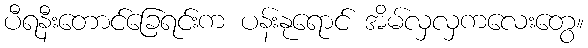
ပီရနီးတောင်ခြေရင်းက ပန်းနုရောင် အိမ်လှလှကလေးတွေ။